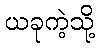
ယခုကဲ့သို့